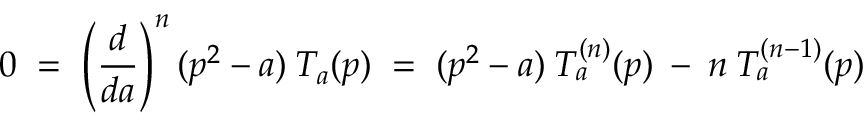
0 \; = \; \left( \frac { d } { d a } \right) ^ { n } ( p ^ { 2 } - a ) \: T _ { a } ( p ) \; = \; ( p ^ { 2 } - a ) \: T _ { a } ^ { ( n ) } ( p ) \: - \: n \: T _ { a } ^ { ( n - 1 ) } ( p )